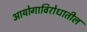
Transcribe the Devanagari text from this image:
आयोगाविरोधातील